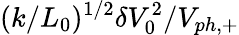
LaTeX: (k/L_{0})^{1/2}\delta V_{0}^{2}/V_{ph,+}